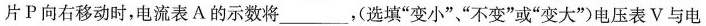
片P向右移动时，电流表A的示数将___，(选填”变小”、”不变”或”变大”)电压表V与电